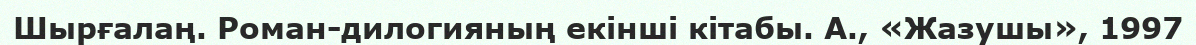
Шырғалаң. Роман-дилогияның екінші кітабы. А., «Жазушы», 1997